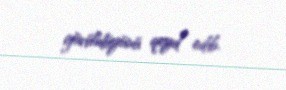
görüldüyünü qeyd edib.